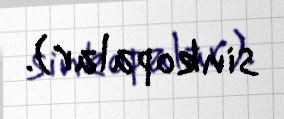
sinkopalar).